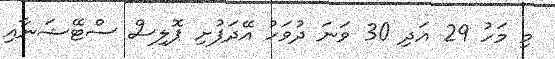
މި މަހު 29 އަދި 30 ވަނަ ދުވަހު އޭދަފުށި ޕޮލިސް ސްޓޭޝަނާއި